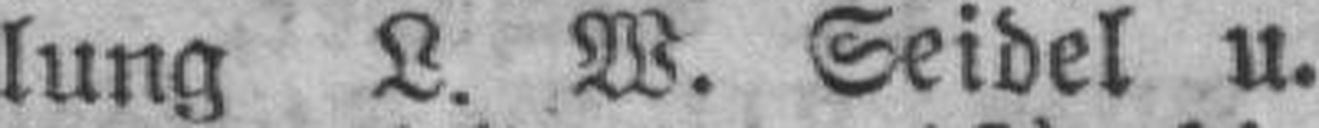
lung L. W. Seidel u.